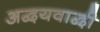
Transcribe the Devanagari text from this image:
अद्वयवाद्वी